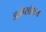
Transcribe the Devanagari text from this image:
इलेप्सॉइडल